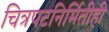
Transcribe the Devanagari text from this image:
चित्रपटनिर्मितीही